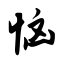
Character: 恼